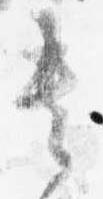
貴